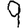
Digit: 9